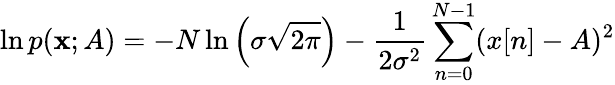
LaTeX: \ln p(\mathbf{x};A)=-N\ln\left(\sigma{\sqrt{2\pi}}\right)-{\frac{1}{2\sigma^{2}}}\sum_{n=0}^{N-1}(x[n]-A)^{2}